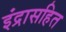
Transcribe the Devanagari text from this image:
इंद्रासहित